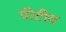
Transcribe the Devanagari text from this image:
पीटीय